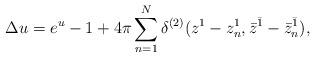
LaTeX: \begin{align*}\Delta u=e^u-1+4\pi\sum_{n=1}^N\delta^{(2)}(z^1-z^1_n,\bar{z}^{\bar{1}} -\bar{z}^{\bar{1}}_n),\end{align*}